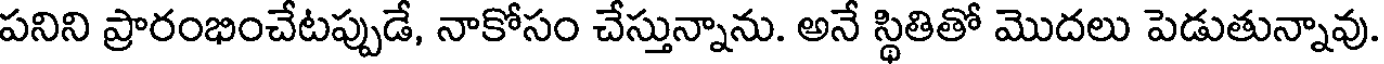
పనిని ప్రారంభించేటప్పుడే, నాకోసం చేస్తున్నాను. అనే స్థితితో మొదలు పెడుతున్నావు